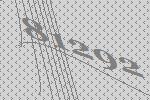
81292